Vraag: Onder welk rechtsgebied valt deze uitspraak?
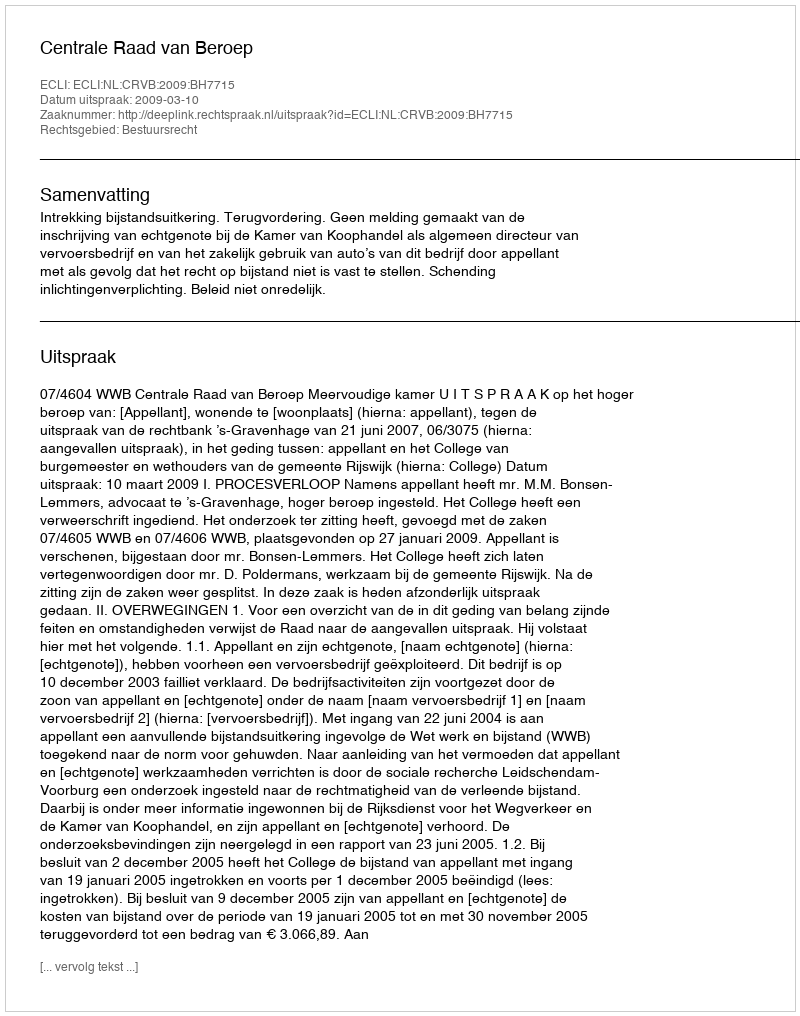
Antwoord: Bestuursrecht